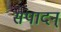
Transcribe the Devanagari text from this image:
संपादन्